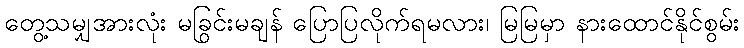
တွေ့သမျှအားလုံး မခြွင်းမချန် ပြောပြလိုက်ရမလား၊ မြမြမှာ နားထောင်နိုင်စွမ်း